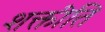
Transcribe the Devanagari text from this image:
शक्तीति